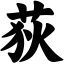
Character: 荻